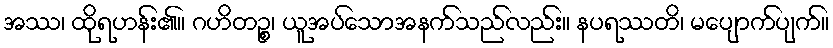
အဿ၊ ထိုရဟန်း၏။ ဂဟိတဉ္စ၊ ယူအပ်သောအနက်သည်လည်း။ နပရဿတိ၊ မပျောက်ပျက်။